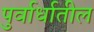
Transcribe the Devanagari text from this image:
पुर्वार्धातील